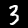
Label: 3